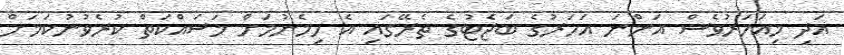
އަދި މިއަހަރުވެސް އަންނަ އަހަރުގެ ބަޖެޓުގެ ތެރޭގައި އެ ހިމެނުމަށް މަސައްކަތް ކުރެވުނުކަމަށް